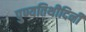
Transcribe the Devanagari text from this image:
पुण्यतिथीदिनी